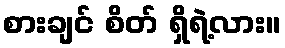
စားချင် စိတ် ရှိရဲ့လား။